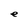
Character: e